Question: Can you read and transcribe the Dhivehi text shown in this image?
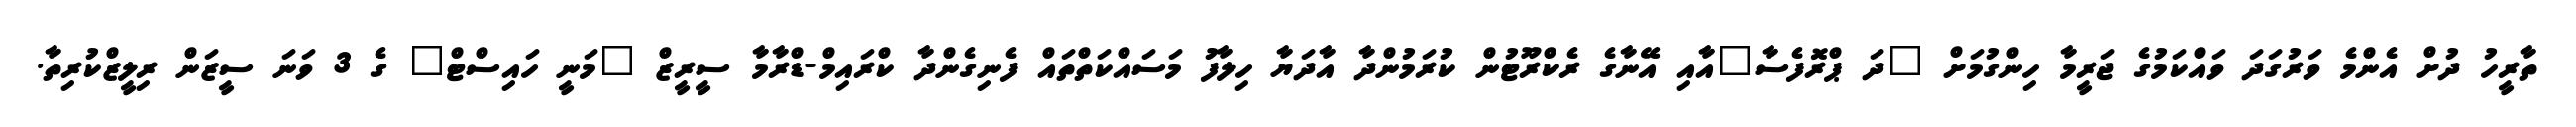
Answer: ތާރީހު ދުށް އެންމެ ވަރުގަދަ ވައްކަމުގެ ޖަރީމާ ހިންގުމަށް "ދަ ޕްރޮފެސާ"އާއި އޭނާގެ ރެކްރޫޓުން ކުރަމުންދާ އާދަޔާ ހިލާފު މަސައްކަތްތައް ފެނިގެންދާ ކްރައިމް-ޑްރާމާ ސީރީޒް "މަނީ ހައިސްޓް" ގެ 3 ވަނަ ސީޒަން ރިލީޒްކުރިތާ.